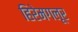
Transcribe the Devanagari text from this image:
हिरेमगलूर